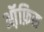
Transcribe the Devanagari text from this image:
ऑ़फ़िस